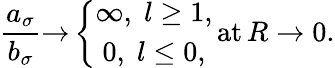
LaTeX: \frac{a_{\sigma}}{b_{\sigma}}{\rightarrow}\left\{ \begin{array}{c}{{\infty,\; l\geq 1,}}\\ {{0,\; l\leq 0,}}\end{array}\right.\, \mathrm{at}\, R\rightarrow 0.